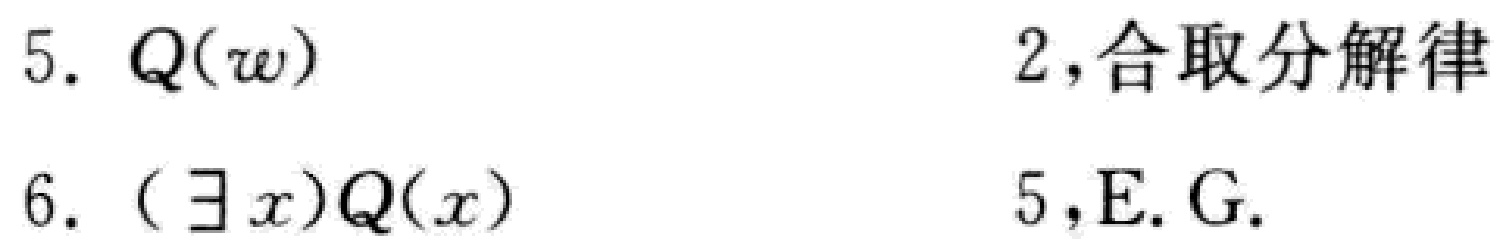
5. \(Q(w)\)  2,合取分解律
6. \((\exists x)Q(x)\)  5,E.G.